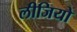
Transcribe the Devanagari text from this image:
लीजियो